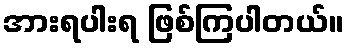
အားရပါးရ ဖြစ်ကြပါတယ်။